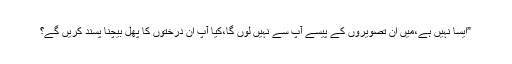
”ایسا نہیں ہے،میں ان تصویروں کے پیسے آپ سے نہیں لوں گا،کیا آپ ان درختوں کا پھل بیچنا پسند کریں گے؟